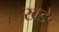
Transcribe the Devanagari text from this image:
खङे